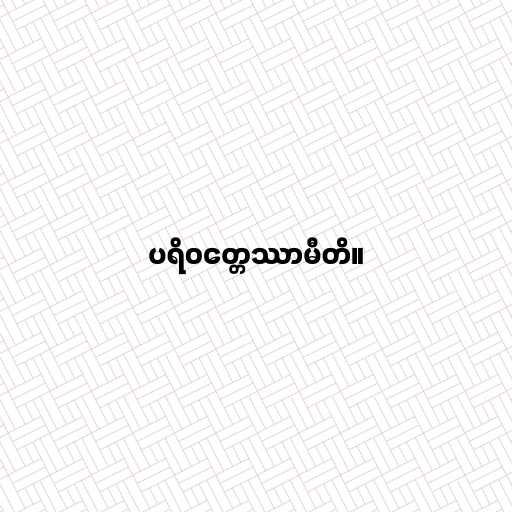
ပရိဝတ္တေဿာမီတိ။